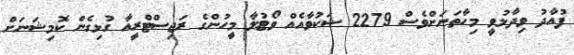
ފުއާދު ވިދާޅުވީ މިހާތަނަށްވެސް 2279 ޝަކުވާއެއް ވޯޓުލާ މީހުންގެ ރަޖިސްޓްރީއާ ގުޅިގެން ކޮމިޝަނަށް